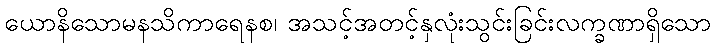
ယောနိသောမနသိကာရေနစ၊ အသင့်အတင့်နှလုံးသွင်းခြင်းလက္ခဏာရှိသော